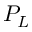
P _ { L }